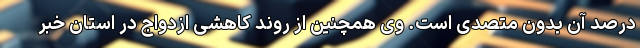
درصد آن بدون متصدی است. وی همچنین از روند کاهشی ازدواج‌ در استان خبر